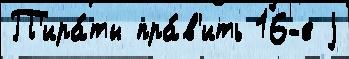
П'ира́ты пра́в'ить 16-е j